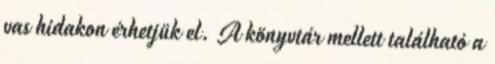
vas hidakon érhetjük el. A könyvtár mellett található a